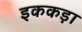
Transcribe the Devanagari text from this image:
इककड़ा